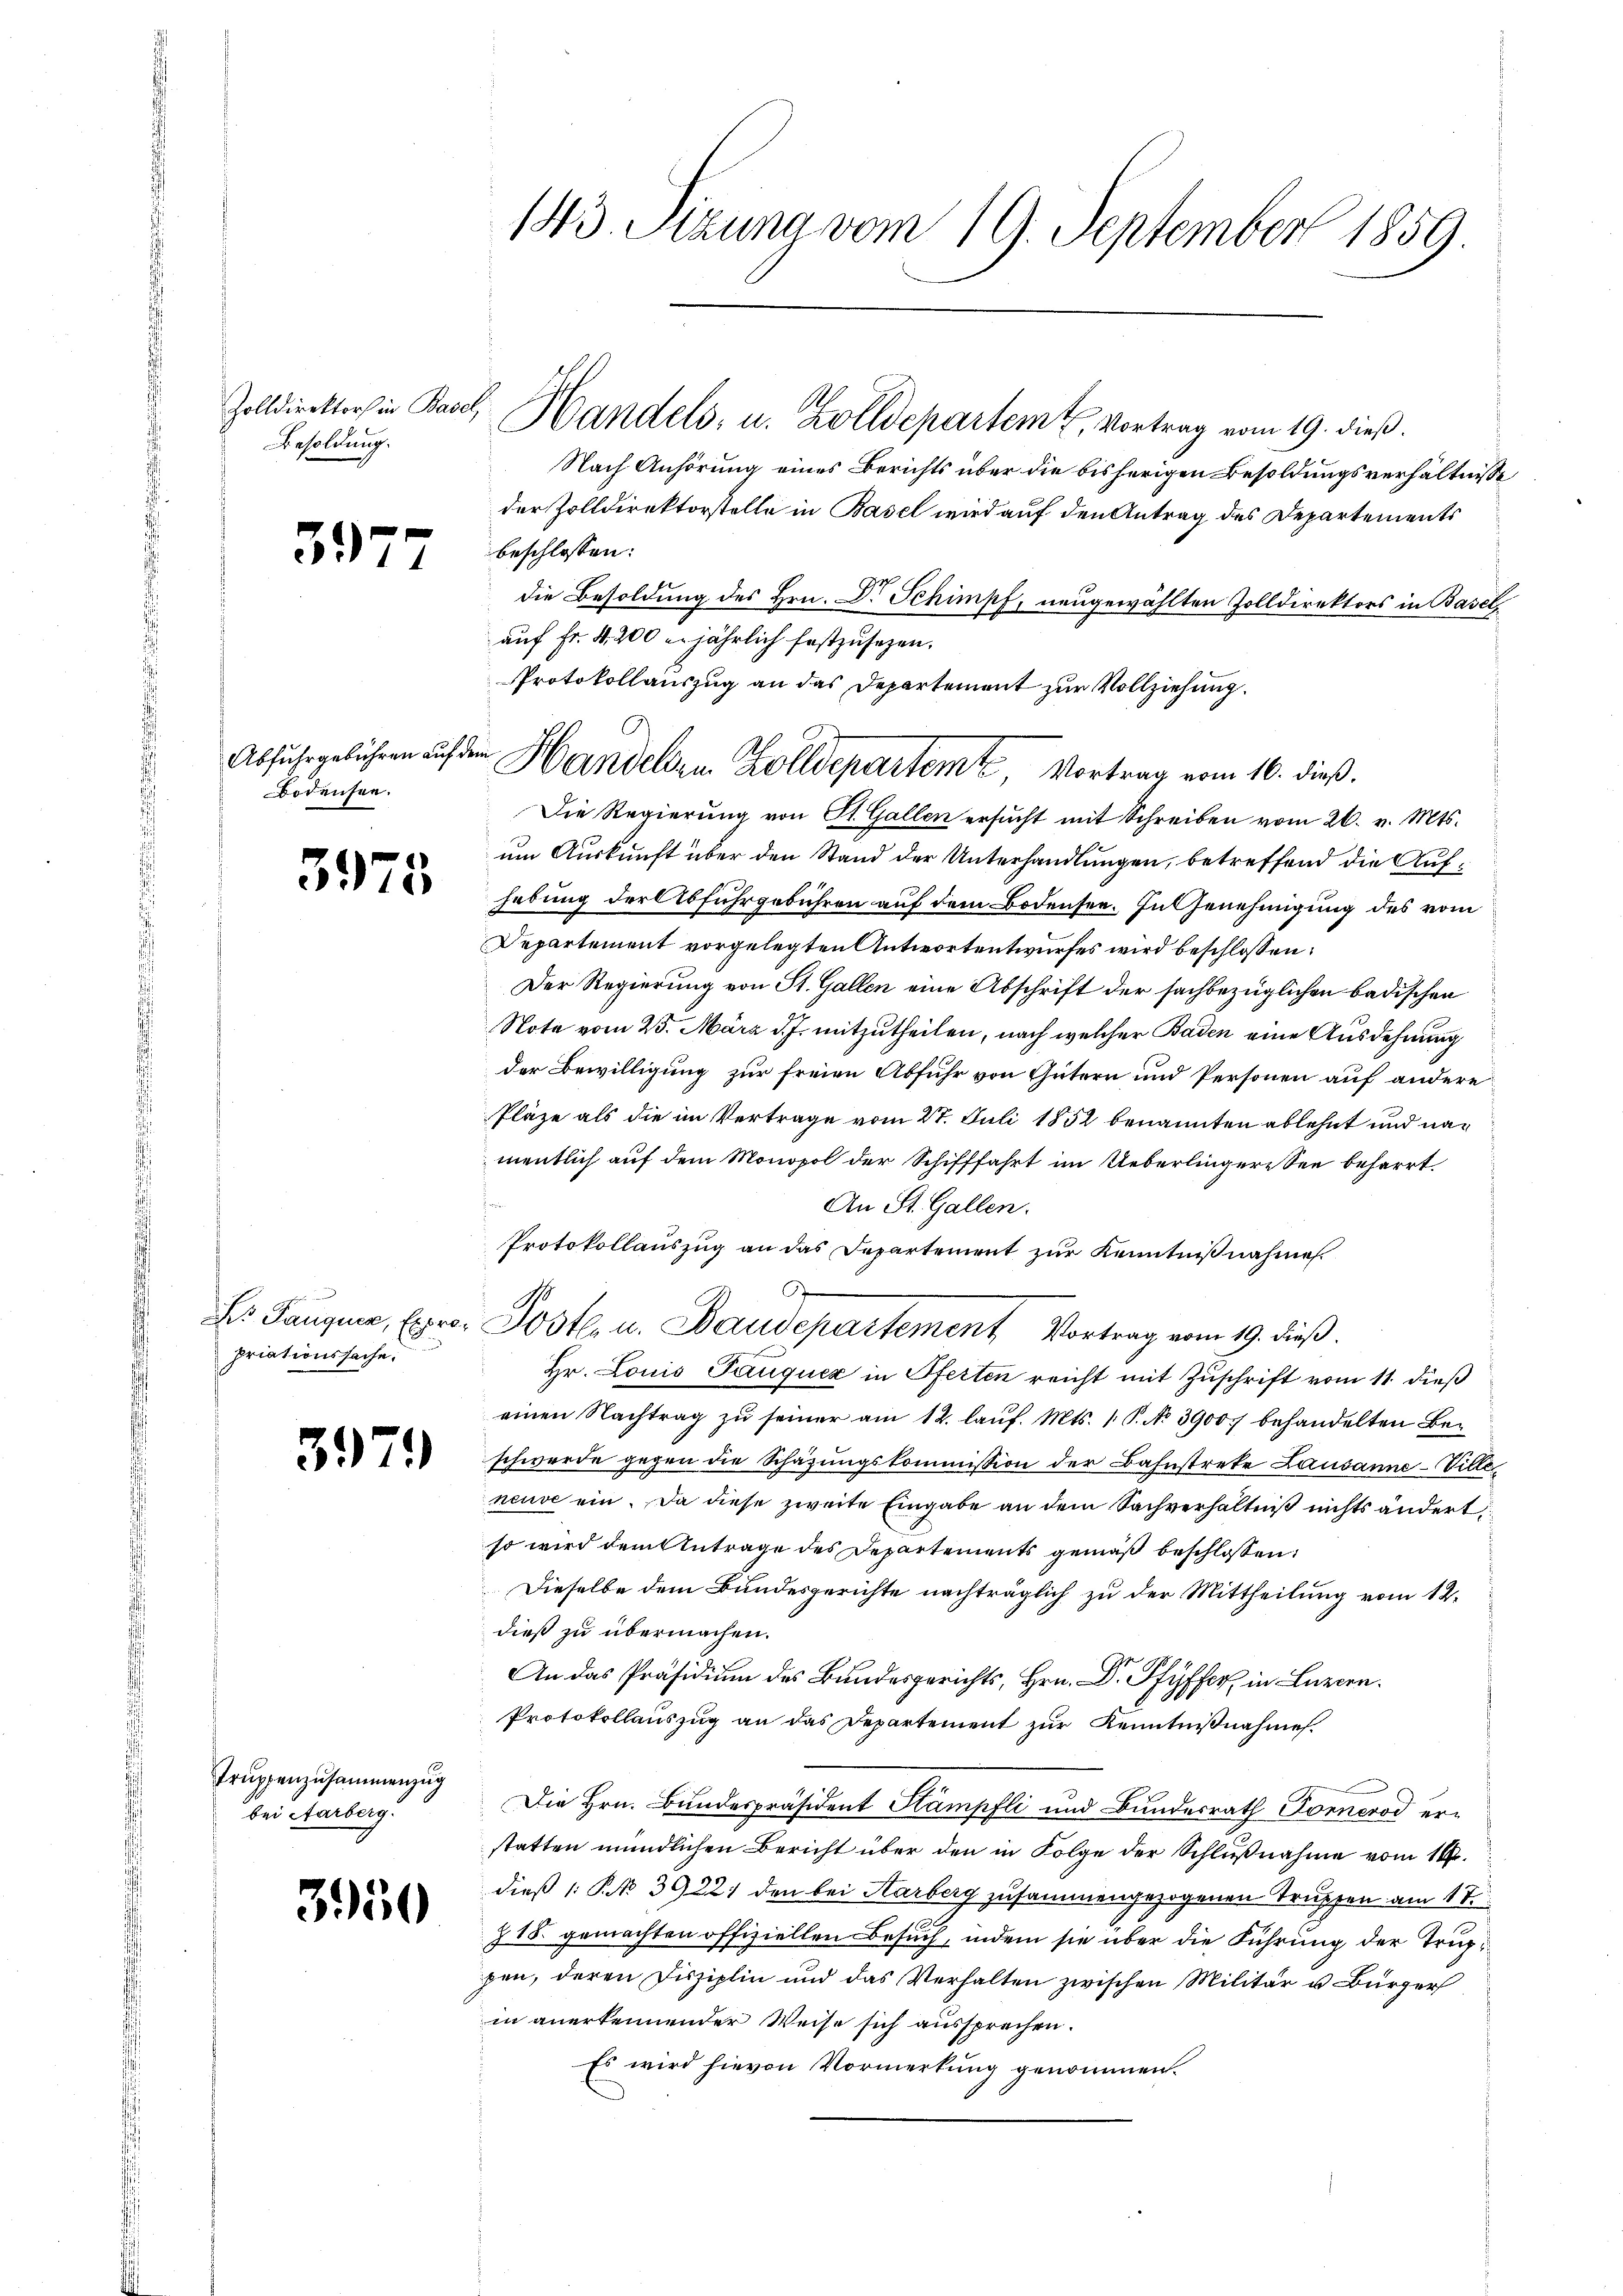
Zolldirektors in Basel,
Besoldung.

3977

Bodensee.

3975

priationssache.

Trŭppenzusammenzug
bei Aarberg.

3950

Nach Anhörung eines Berichts über die bisherigen Besoldungsverhältnisse
der Zolldirektorstelle in Basel wird auf den Antrag des Departements
beschlossen:
die Besoldung des Hrn. Dr. Schimpf, neugewählten Zolldirektors in Baselauf Fr. 4. 200 u. jährlich festzusezen.
Die Regierung von St. Gallen ersucht mit Schreiben vom 26. v. Mts.
um Auskunft über den Stand der Unterhandlungen, betreffend die Aufhebung der Abfuhrgebühren auf dem Bodensee. In Genehmigung des vom
Departement vorgelegten Antwortentwurfes wird beschlossen:
Der Regierung von St. Gallen eine Abschrift der sachbezüglichen badischen
Note vom 25. März d. J. mitzutheilen, nach welcher Baden eine Ausdehnung
der Bewilligung zur freien Abfuhr von Gütern und Personen auf andere
Pläze als die im Vertrage vom 27. Juli 1852 benannten ablehnt und namentlich auf dem Monopol der Schifffahrt im Ueberlingeresen beharrt.
de
An St. Gallen.
Protokollauszug an das Departement zur Kenntnißnahme.
Bs. Pauguer, Expro. Poste. u. Baudepartement Vortrag vom 19. dieß.
Hr. Louis Pauquez in Pferten reicht mit Zuschrift vom 11. dieß
einen Nachtrag zu seiner am 12. lauf. Mts. 1. P. No 3900. behandelten Be¬
1 schwerde gegen die Schatzŭngskommission der Bahnstreke Lausanne-Villineuve ein. Da diese zweite Eingabe an dem Sachverhältniß nichts ändert
so wird dem Antrage des Departements gemäß beschlossen:
Dieselbe dem Bundesgerichte nachträglich zu der Mittheilung vom 12.
dieß zu übermachen.
r....
Protokollauszug an das Departement zur Kenntnißnahmes.
Die Hrn. Bundespräsident Stumpfli und Bundesrath Donnenod erstatten mündlichen Bericht über den in Folge der Schlußnahme vom 16.
dieß 1 § 39221 den bei Aarberg zusammengezogenen Truppen am 17.
.
718. gemachten offiziellen Besuch, indem sie über die Führung der Truppen, deren Disziplin und das Verhalten zwischen Militär u. Bürger
in anerkennender Weise sich aussprechen.
Es wird hievon Vormerkung genommen.

143. Sizung vom 19. September 1859.

Handels- u. Zolldepartem E. Vortrag vom 19. dieß.

Protokollauszug an das Departement zur Vollziehung.
Abfuhrgebühren auf den Handelten Zolldepartemt, Vortrag vom 16. dieß.